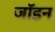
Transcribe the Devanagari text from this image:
जॉडन